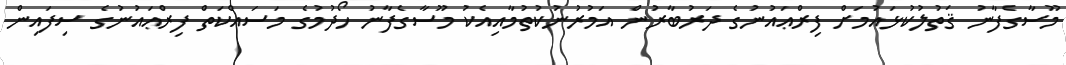
މޫސާގެފާނު ޤަތުލުކުޅައުމަށް ފިރްޢައުނުގެ ދަރުބާރުން އަމުރުނުކުތުމާއިއެކު މޫސާގެފާނު ހޯދުމުގެ މަސައްކަތް ފިރްޢައުނުގެ ސިފައިން